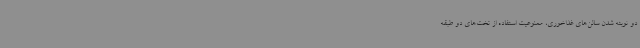
دو نوبته شدن سالن‌های غذاخوری، ممنوعیت استفاده از تخت‌های دو طبقه